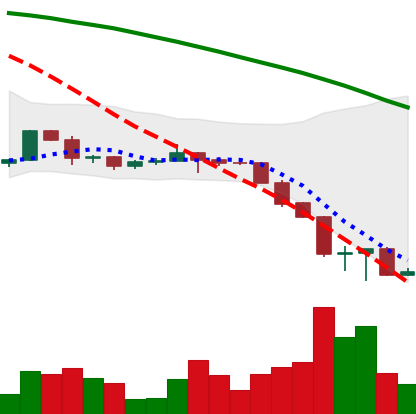
Ticker: ETH-USD
Chart end date: 2022-06-17
Forward return: -3.23%
Label: down_3_5